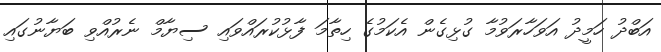
އަބްދު ހަމީދު އަވަހާރަވުމާ ގުޅިގެން އެކަމުގެ ހިތާމަ ފާޅުކުރައްވައި ސިޔާމް ނެރުއްވި ބަޔާނުގައި